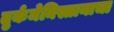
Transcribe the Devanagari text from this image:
तुर्कमेनिस्तानाचा